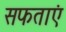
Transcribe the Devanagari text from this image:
सफताएं